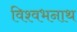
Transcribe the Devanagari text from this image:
विश्वभनाथ